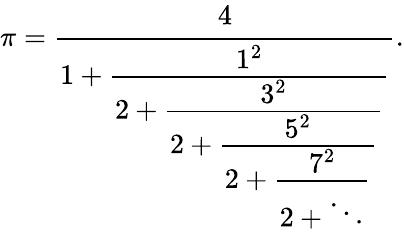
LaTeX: \pi={\cfrac{4}{1+{\cfrac{1^{2}}{2+{\cfrac{3^{2}}{2+{\cfrac{5^{2}}{2+{\cfrac{7^{2}}{2+\ddots}}}}}}}}}}.